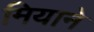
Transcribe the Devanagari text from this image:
मियाने